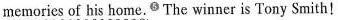
memories of his home. ^{⑤}The winner is Tony Smith!